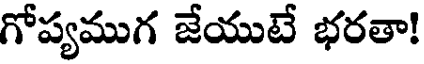
గోప్యముగ జేయుటే భరతా!